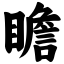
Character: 瞻